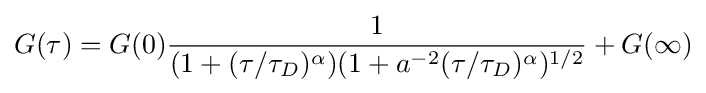
G(\tau )=G(0){\frac {1}{(1+(\tau /\tau _{D})^{\alpha })(1+a^{-2}(\tau /\tau _{D})^{\alpha })^{1/2}}}+G(\infty )